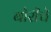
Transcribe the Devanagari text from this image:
बोरीचे